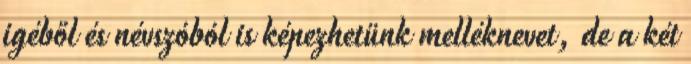
igéből és névszóból is képezhetünk melléknevet, de a két